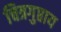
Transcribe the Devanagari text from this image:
चित्रगुप्ताय